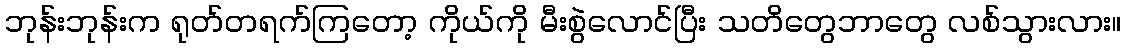
ဘုန်းဘုန်းက ရုတ်တရက်ကြတော့ ကိုယ်ကို မီးစွဲလောင်ပြီး သတိတွေဘာတွေ လစ်သွားလား။